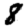
Digit: 8